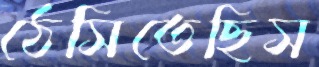
ঠেসিতেছিস